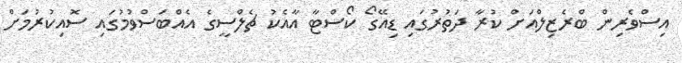
އިސްވެރިން ބްރެޒިލްއަށް ކުރާ ދަތުރުގައި ޑިއޭގޯ ކޯސްޓާ އާއެކު ޗެލްސީގެ އެއްބަސްވުމުގައި ސޮއިކުރުމަށް